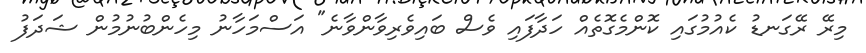
މިރޭ ރޭގަނޑު ކެއުމުގައި ކޮންމެގޮތެއް ހަދާފައި ވެސް ބައިވެރިވާންވާނެ" އަސްމަހާނު މިހެންބުނުމުން ޝަދަފު